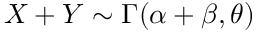
X + Y \sim \Gamma ( \alpha + \beta , \theta )